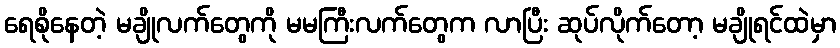
ရေစိုနေတဲ့ မချိုလက်တွေကို မမကြီးလက်တွေက လာပြီး ဆုပ်လိုက်တော့ မချိုရင်ထဲမှာ